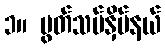
၁။ ပွတ်သပ်နှိပ်နယ်